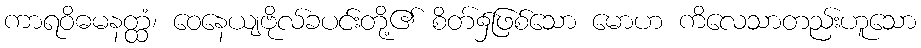
ကာရဝိဓမနတ္ထံ၊ ဝေနေယျဗိုလ်ခပင်းတို့၏ စိတ်၌ဖြစ်သော မောဟ ကိလေသာတည်းဟူသော